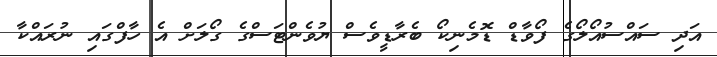
އަދި ސައްސުއޯލޯގެ ފޯވާޑް ޑޮމެނިކޯ ބެރާޑީވެސް ޔުވެންޓަސްގެ ގޯލަށް އެ ހާފްގައި ނުރައްކާ